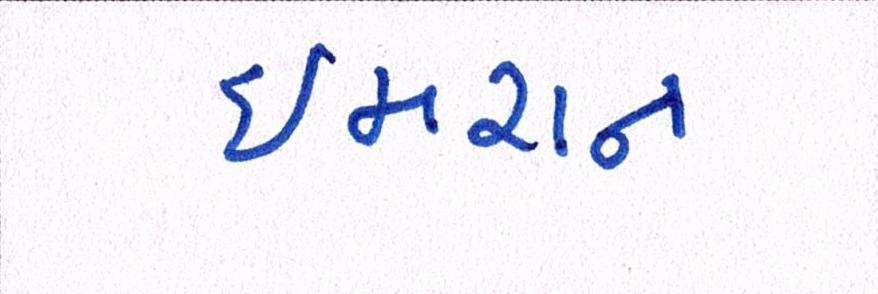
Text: ઈમરાન